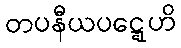
တပနီယပဋ္ဋေဟိ